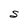
Character: S